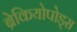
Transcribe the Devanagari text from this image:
ब्रेकियोपोड्स